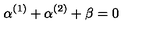
\alpha ^ { ( 1 ) } + \alpha ^ { ( 2 ) } + \beta = 0